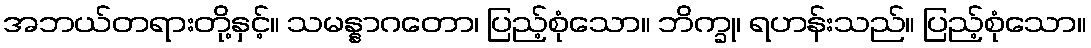
အဘယ်တရားတို့နှင့်။ သမန္နာဂတော၊ ပြည့်စုံသော။ ဘိက္ခု၊ ရဟန်းသည်။ ပြည့်စုံသော။